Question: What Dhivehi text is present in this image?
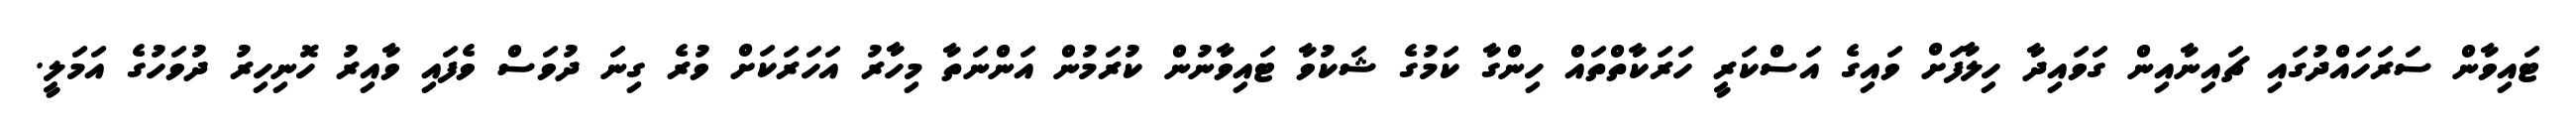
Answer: ޓައިވާން ސަރަހައްދުގައި ޗައިނާއިން ގަވައިދާ ހިލާފަށް ވައިގެ އަސްކަރީ ހަރަކާތްތައް ހިންގާ ކަމުގެ ޝަކުވާ ޓައިވާނުން ކުރަމުން އަންނަތާ މިހާރު އަހަރަކަށް ވުރެ ގިނަ ދުވަސް ވެފައި ވާއިރު ހޮނިހިރު ދުވަހުގެ އަމަލީ.